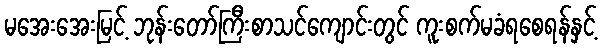
မအေးအေးမြင့် ဘုန်းတော်ကြီးစာသင်ကျောင်းတွင် ကူးစက်မခံရစေရန်နှင့်